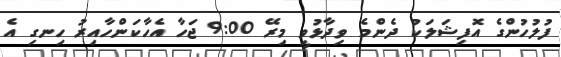
ފުލުހުންގެ އޮފިޝަލަކު ދެންމެ ވިދާޅުވީ މިރޭ 9:00 ޖަހާ އެހާކަންހާއިރު ހިނގި އެ